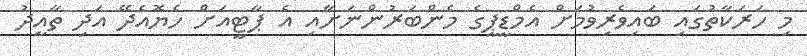
މި ހަރަކާތުގައި ބައިވެރިވުމަށް އެމްޑީޕީގެ މެންބަރުންނަށާއި އެ ޕާޓީއަށް ހެޔޮއެދޭ އަދި ތާއީދު